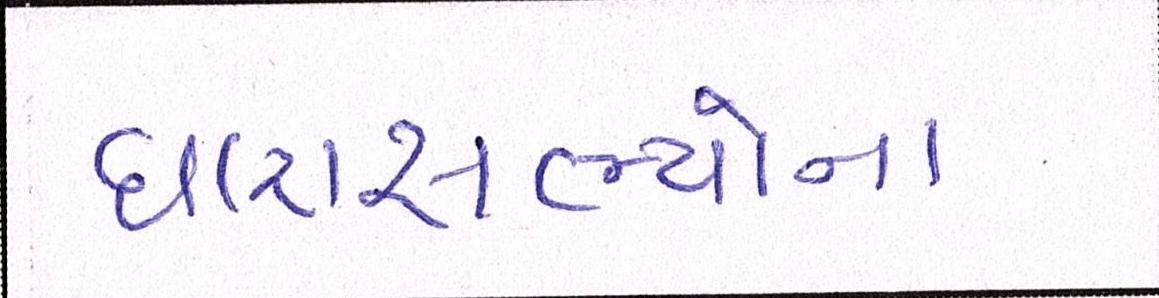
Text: ધારાસભ્યોના